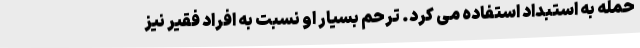
حمله به استبداد استفاده می کرد. ترحم بسیار او نسبت به افراد فقیر نیز